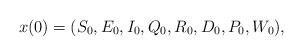
LaTeX: \begin{align*}x(0)=(S_0,E_0,I_0,Q_0,R_0,D_0,P_0,W_0),\end{align*}